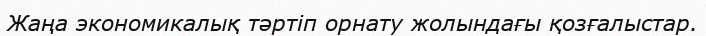
Жаңа экономикалық тәртіп орнату жолындағы қозғалыстар.